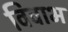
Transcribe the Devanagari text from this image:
विवाभ